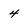
Character: 4